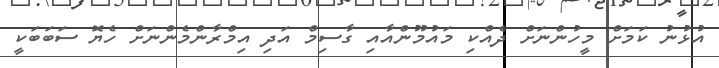
އުޅުނު ކަމަށް މީހުންނަށް ދެއްކި މައުމޫންއާއި ގާސިމް އަދި އިމްރާންމެންނަށް ހެޔޮ ސަބަބަކީ